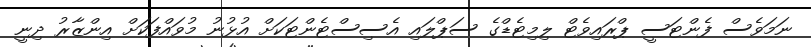
ނަމަވެސް ފެންޓަސީ ޕްރައިވެޓް ލިމިޓެޑްގެ ސަޕްލައި އެސިސްޓެންޓަކަށް އުޅުނު މުވައްފަކަށް އިންޒާރު ދިނީ